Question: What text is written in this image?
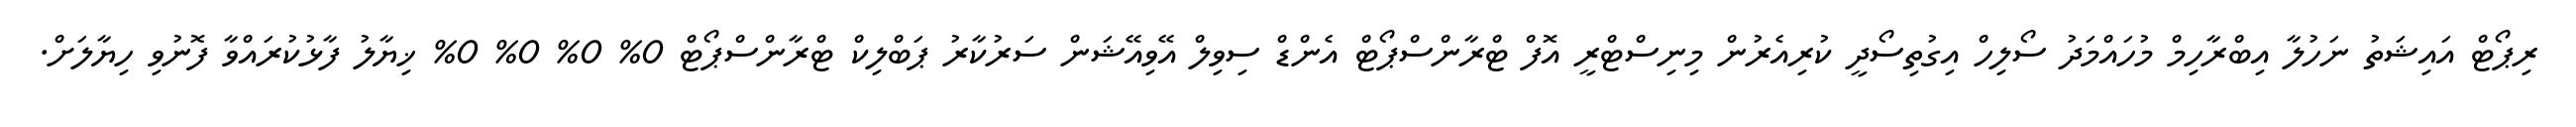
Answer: ރިޕޯޓް އައިޝަތު ނަހުލާ އިބްރާހިމް މުހައްމަދު ސޯލިހް އިގުތިސޯދީ ކުރިއެރުން މިނިސްޓްރީ އޮފް ޓްރާންސްޕޯޓް އެންޑް ސިވިލް އޭވިއޭޝަން ސަރުކާރު ޕަބްލިކް ޓްރާންސްޕޯޓް 0% 0% 0% 0% ޚިޔާލު ފާޅުކުރައްވާ ފޮނުވި ހިޔާލަށް.